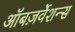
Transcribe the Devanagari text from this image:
ऑबज़र्वेशन्स